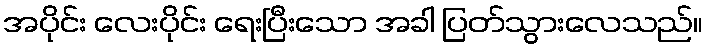
အပိုင်း လေးပိုင်း ရေးပြီးသော အခါ ပြတ်သွားလေသည်။